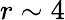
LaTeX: r\sim 4